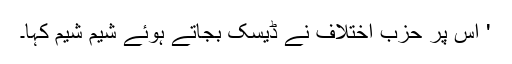
' اس پر حزب اختلاف نے ڈیسک بجاتے ہوئے شیم شیم کہا۔